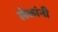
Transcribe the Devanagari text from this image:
लेकांनी